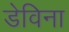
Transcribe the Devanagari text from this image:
डेविना